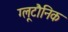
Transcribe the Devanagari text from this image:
ग्लूटौनिक